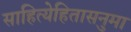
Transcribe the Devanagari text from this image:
साहित्येहितासनुमा